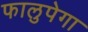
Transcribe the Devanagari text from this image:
फालुपेगा